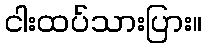
ငါးထပ်သားပြား။